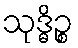
သုဒ္ဓိဉ္စ